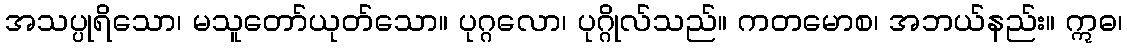
အသပ္ပုရိသော၊ မသူတော်ယုတ်သော။ ပုဂ္ဂလော၊ ပုဂ္ဂိုလ်သည်။ ကတမောစ၊ အဘယ်နည်း။ ဣဓ၊